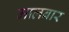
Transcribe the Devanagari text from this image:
मालबार